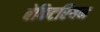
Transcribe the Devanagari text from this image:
बेकिटरियन